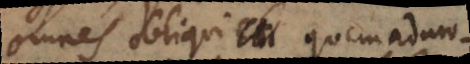
omnes obliqui, quemadmo